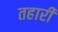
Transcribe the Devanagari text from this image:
तहारी